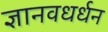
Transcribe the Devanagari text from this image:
ज्ञानवधर्धन